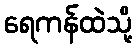
ရေကန်ထဲသို့